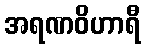
အရဏဝိဟာရီ